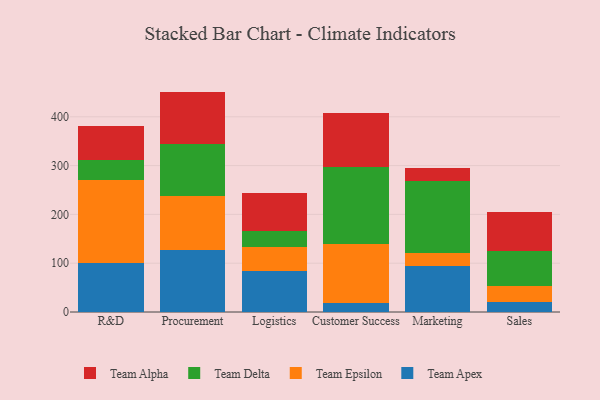
{"axis": {"x": "Department", "y": "Bounce Rate (%)"}, "legend": ["Team Alpha", "Team Apex", "Team Delta", "Team Epsilon"], "data": [{"x": "R&D", "y": 99.5, "type": "Team Apex"}, {"x": "R&D", "y": 170.8, "type": "Team Epsilon"}, {"x": "R&D", "y": 40.2, "type": "Team Delta"}, {"x": "R&D", "y": 69.9, "type": "Team Alpha"}, {"x": "Procurement", "y": 127.9, "type": "Team Apex"}, {"x": "Procurement", "y": 109.3, "type": "Team Epsilon"}, {"x": "Procurement", "y": 107.2, "type": "Team Delta"}, {"x": "Procurement", "y": 107.2, "type": "Team Alpha"}, {"x": "Logistics", "y": 83.1, "type": "Team Apex"}, {"x": "Logistics", "y": 50.7, "type": "Team Epsilon"}, {"x": "Logistics", "y": 32.3, "type": "Team Delta"}, {"x": "Logistics", "y": 78.5, "type": "Team Alpha"}, {"x": "Customer Success", "y": 18.4, "type": "Team Apex"}, {"x": "Customer Success", "y": 120.8, "type": "Team Epsilon"}, {"x": "Customer Success", "y": 157.7, "type": "Team Delta"}, {"x": "Customer Success", "y": 111.0, "type": "Team Alpha"}, {"x": "Marketing", "y": 93.4, "type": "Team Apex"}, {"x": "Marketing", "y": 27.1, "type": "Team Epsilon"}, {"x": "Marketing", "y": 147.5, "type": "Team Delta"}, {"x": "Marketing", "y": 27.2, "type": "Team Alpha"}, {"x": "Sales", "y": 20.8, "type": "Team Apex"}, {"x": "Sales", "y": 33.4, "type": "Team Epsilon"}, {"x": "Sales", "y": 71.1, "type": "Team Delta"}, {"x": "Sales", "y": 79.0, "type": "Team Alpha"}]}